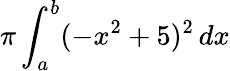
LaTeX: \pi\int_{a}^{b}(-x^{2}+5)^{2}\, dx